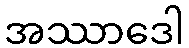
အဿာဒေါ